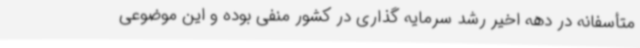
متأسفانه در دهه اخیر رشد سرمایه گذاری در کشور منفی بوده و این موضوعی